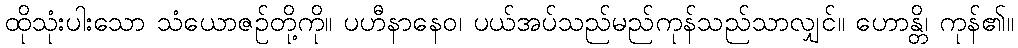
ထိုသုံးပါးသော သံယောဇဉ်တို့ကို။ ပဟီနာနေဝ၊ ပယ်အပ်သည်မည်ကုန်သည်သာလျှင်။ ဟောန္တိ၊ ကုန်၏။